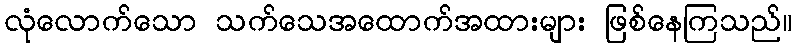
လုံလောက်သော သက်သေအထောက်အထားများ ဖြစ်နေကြသည်။